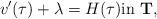
LaTeX: \begin{align*}v'(\tau)+\lambda=H(\tau ) \mbox{in} \ \mathbf{T},\end{align*}